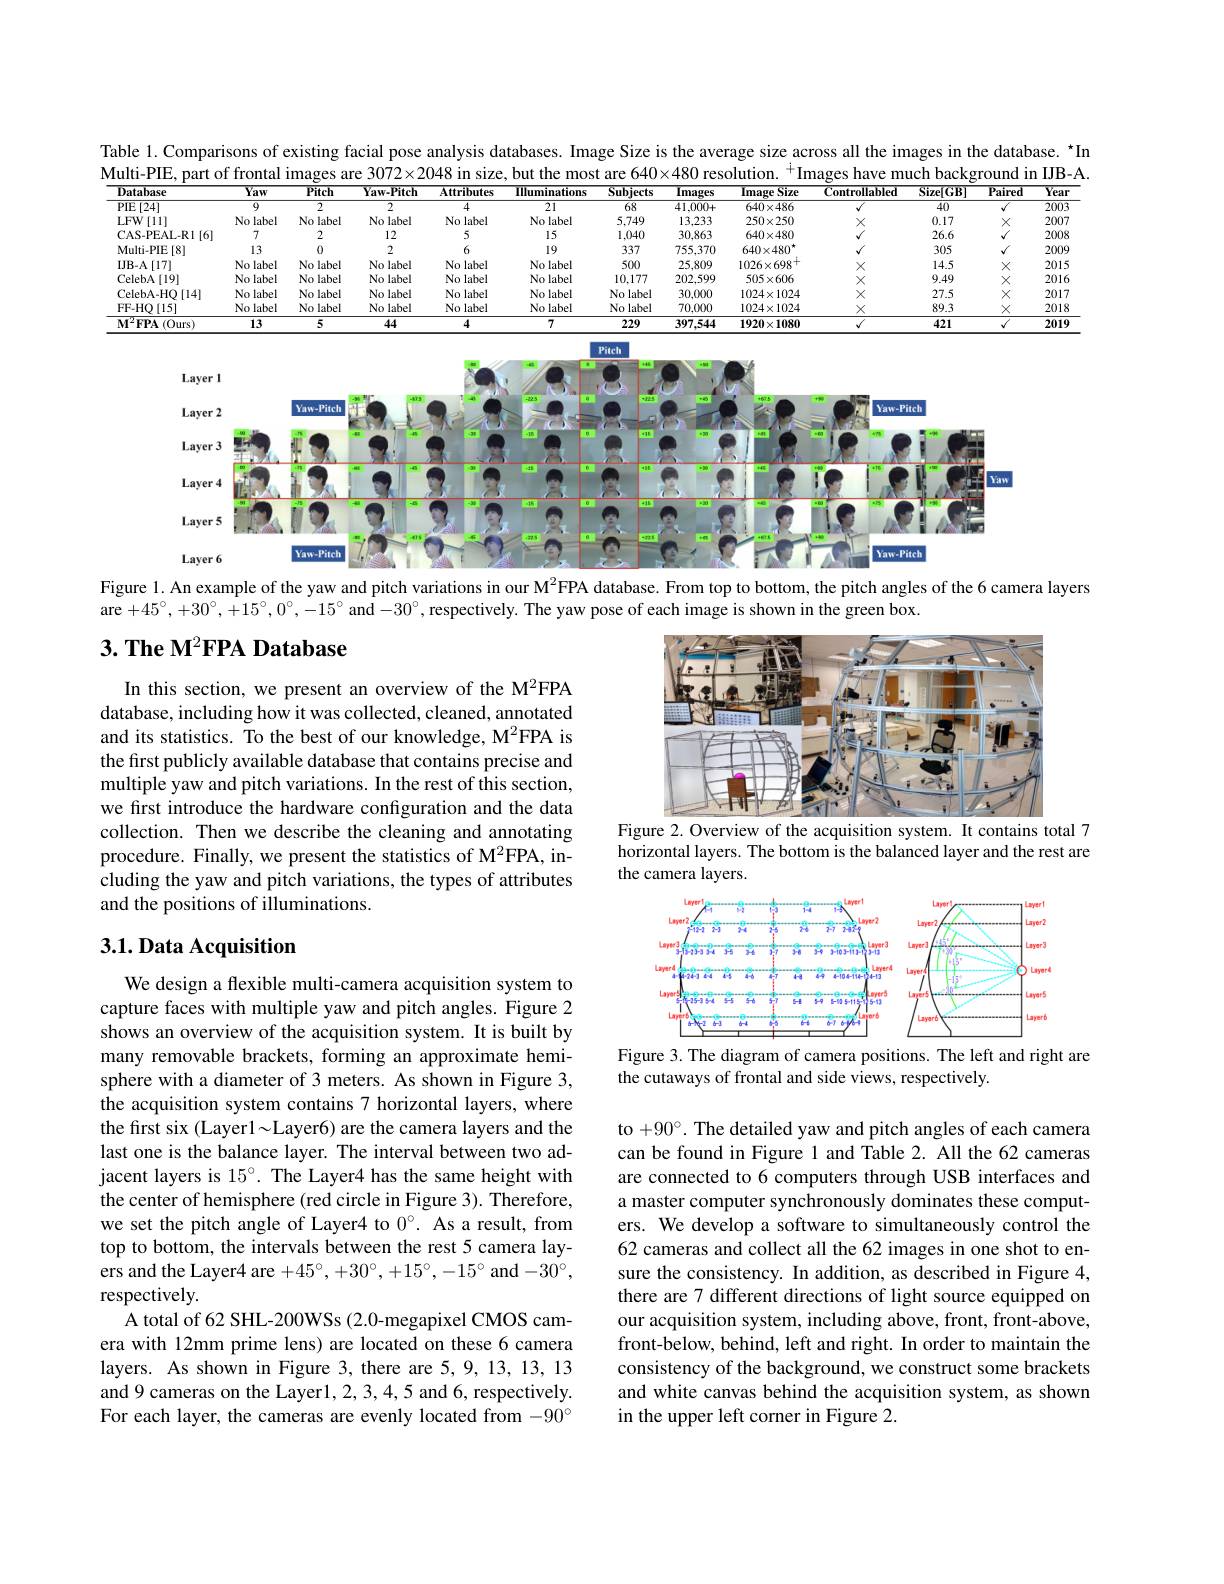
Table 1. Comparisons of existing facial pose analysis databases. Image Size is the average size across all the images in the database. $^{\star}$In $\dot{\text{Multi-PIE, part of frontal images are 3072×2048 in size, but the most are 640×480 resolution. }^{+}}$Images have much background in IJB-A.
<table>
	<tbody>
		<tr>
			<th>Database</th>
			<th>Yaw</th>
			<th>Pitch</th>
			<th>Yaw-Pitch</th>
			<th>Attributes</th>
			<th>lluminations</th>
			<th>Subjects</th>
			<th>s Images</th>
			<th>Image Size 1</th>
			<th>Controllabled</th>
			<th>Size[GB]</th>
			<th>Paired</th>
			<th>Year</th>
		</tr>
		<tr>
			<td>PIE[24]</td>
			<td>9</td>
			<td>$\overline{2}$</td>
			<td>$\overline{2}$</td>
			<td>4</td>
			<td>$\overline{21}$</td>
			<td>$\overline{68}$</td>
			<td>41,000+</td>
			<td>$640\times486$</td>
			<td> </td>
			<td>40</td>
			<td> </td>
			<td>200:</td>
		</tr>
		<tr>
			<td>$LFW$ [11] </td>
			<td>No label</td>
			<td>No label</td>
			<td>No label</td>
			<td>No label</td>
			<td>No label</td>
			<td>5,749</td>
			<td>13,233</td>
			<td>$250\times250$</td>
			<td>Y</td>
			<td>0.17</td>
			<td>X</td>
			<td>2007</td>
		</tr>
		<tr>
			<td>CAS- PEAL- R1$\left [ 6\right ]$</td>
			<td>7</td>
			<td>2</td>
			<td>12</td>
			<td>5</td>
			<td>15</td>
			<td>1.040</td>
			<td>30,863</td>
			<td>$640\times480$</td>
			<td> </td>
			<td>26.6</td>
			<td> </td>
			<td>2008</td>
		</tr>
		<tr>
			<td>Multi-PIE $\exists[8]$</td>
			<td>13</td>
			<td>0</td>
			<td>2</td>
			<td>6</td>
			<td>19</td>
			<td>337</td>
			<td>755.370</td>
			<td>$640\times480^{\star}$</td>
			<td> </td>
			<td>305</td>
			<td>$√$</td>
			<td>200</td>
		</tr>
		<tr>
			<td>IJB- A$\left [ 17\right ]$</td>
			<td>No label</td>
			<td>No label</td>
			<td>No label</td>
			<td>No label</td>
			<td>No label</td>
			<td>500</td>
			<td>25,809</td>
			<td>$1026\times698^{+}$</td>
			<td>Y</td>
			<td>14.5</td>
			<td>X</td>
			<td>2015</td>
		</tr>
		<tr>
			<td>CelebA[ 19] </td>
			<td>No label</td>
			<td>No label</td>
			<td>No label</td>
			<td>No label</td>
			<td>No label</td>
			<td>10,177</td>
			<td>202.599</td>
			<td>$505\times606$</td>
			<td> </td>
			<td>9.49</td>
			<td>X</td>
			<td>201 1</td>
		</tr>
		<tr>
			<td>CelebA- HO$\left [ 14\right ]$</td>
			<td>No label</td>
			<td>No label</td>
			<td>No label</td>
			<td>No label</td>
			<td>No label</td>
			<td>No label</td>
			<td>1 30,000</td>
			<td>$1024\times1024$</td>
			<td>$X$</td>
			<td>27.5</td>
			<td>$X$</td>
			<td>2017</td>
		</tr>
		<tr>
			<td>FF- HQ[ 15] </td>
			<td>No label</td>
			<td>No label</td>
			<td>No label</td>
			<td>No label</td>
			<td>No label</td>
			<td>No label</td>
			<td>1 70,000</td>
			<td>$1024\times1024$</td>
			<td>$X$</td>
			<td>89.3</td>
			<td>$X$</td>
			<td>2018</td>
		</tr>
		<tr>
			<td>$\mathbf{M} ^{2}\mathbf{FPA}\left ( \mathrm{Ours}\right )$</td>
			<td>13</td>
			<td>5</td>
			<td>44</td>
			<td>4</td>
			<td>7</td>
			<td>229</td>
			<td>397.544</td>
			<td>$1920\times1080$</td>
			<td>$v$</td>
			<td>421</td>
			<td>$√$</td>
			<td>2019</td>
		</tr>
	</tbody>
</table>

<FigureHere>

Figure 1. An example of the yaw and pitch variations in our M$^{2}$FPA database. From top to bottom, the pitch angles of the 6 camera layers

are $+45^\circ,+30^\circ,+15^\circ,0^\circ,-15^\circ$ and $-30^\circ$, respectively. The yaw pose of each image is shown in the green box.

## $3. \textbf{ The M}^2\textbf{FPA Database}$

<FigureHere>
Figure 2. Overview of the acquisition system. It contains total 7

In this section, we present an overview of the M$^{2}$FPA database, including how it was collected, cleaned, annotated and its statistics. To the best of our knowledge, M$^{2}$FPA is the first publicly available database that contains precise and multiple yaw and pitch variations. In the rest of this section, we first introduce the hardware configuration and the data collection. Then we describe the cleaning and annotating procedure. Finally, we present the statistics of M$^{2}$FPA, including the yaw and pitch variations, the types of attributes and the positions of illuminations.

horizontal layers. The bottom is the balanced layer and the rest are
the camera layers.

## $3. 1. \textbf{Data Acquisition}$

<FigureHere>
Figure 3. The diagram of camera positions. The left and right are

the cutaways of frontal and side views, respectively.

We design a flexible multi-camera acquisition system to capture faces with multiple yaw and pitch angles. Figure 2 shows an overview of the acquisition system. It is built by many removable brackets, forming an approximate hemisphere with a diameter of 3 meters. As shown in Figure 3, the acquisition system contains 7 horizontal layers, where the first six (Layer1~Layer6) are the camera layers and the last one is the balance layer. The interval between two adjacent layers is $15^\circ.$ The Layer4 has the same height with the center of hemisphere (red circle in Figure 3). Therefore, we set the pitch angle of Layer4 to $0^{\circ}.$ As a result, from top to bottom, the intervals between the rest 5 camera layers and the Layer4 are $+45^\circ,+30^\circ,+15^\circ,-15^\circ$ and $-30^\circ$, respectively.
A total of 62 SHL-200WSs (2.0-megapixel CMOS camera with 12mm prime lens) are located on these 6 camera layers. As shown in Figure 3, there are 5, 9, 13, 13, 13 and 9 cameras on the Layerl, 2, 3, 4, 5 and 6, respectively. For each layer, the cameras are evenly located from $-90^\circ$

to +90°. The detailed yaw and pitch angles of each camera can be found in Figure 1 and Table 2. All the 62 cameras are connected to 6 computers through USB interfaces and a master computer synchronously dominates these computers. We develop a software to simultaneously control the 62 cameras and collect all the 62 images in one shot to ensure the consistency. In addition, as described in Figure 4, there are 7 different directions of light source equipped on our acquisition system, including above, front, front-above, front-below, behind, left and right. In order to maintain the consistency of the background, we construct some brackets and white canvas behind the acquisition system, as shown in the upper left corner in Figure 2.